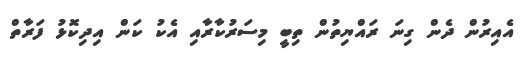
އެއިރުން ދެން ގިނަ ރައްޔިތުން ތިބީ މިސަރުކާރާއި އެކު ކަން އިދިކޮޅު ފަރާތް